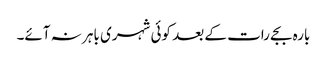
بارہ بجے رات کے بعد کوئی شہری باہر نہ آئے۔